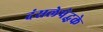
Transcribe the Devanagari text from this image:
दंसलेपेद्धके